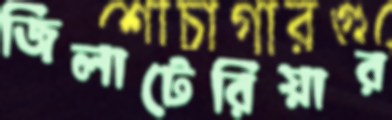
জিলাটেরিয়ার